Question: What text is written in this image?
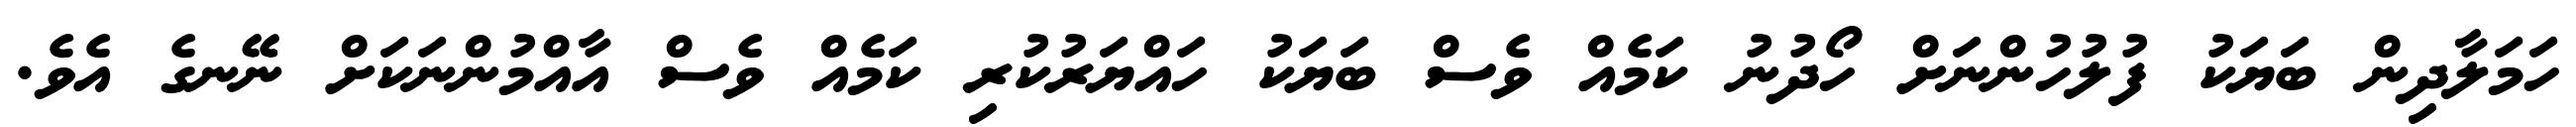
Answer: ހަމަލާދިން ބަޔަކު ފުލުހުންނަށް ހޯދުނު ކަމެއް ވެސް ބަޔަކު ހައްޔަރުކުރި ކަމެއް ވެސް އާއްމުންނަކަށް ނޭނގެ އެވެ.